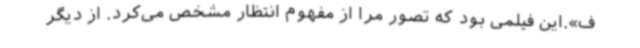
ف».این فیلمی بود که تصور مرا از مفهوم انتظار مشخص می‌کرد. از دیگر